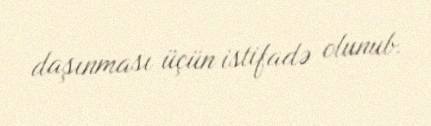
daşınması üçün istifadə olunub.